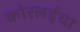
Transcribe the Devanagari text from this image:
कोरलईचा